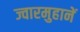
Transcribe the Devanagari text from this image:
ज्वारमुहानें